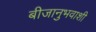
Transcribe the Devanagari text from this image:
बीजानुभवाशी